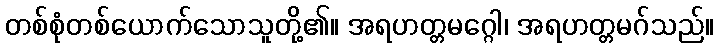
တစ်စုံတစ်ယောက်သောသူတို့၏။ အရဟတ္တမဂ္ဂေါ၊ အရဟတ္တမဂ်သည်။